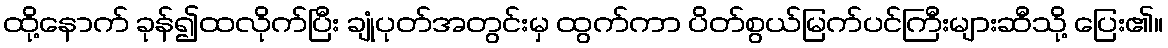
ထို့နောက် ခုန်၍ထလိုက်ပြီး ချုံပုတ်အတွင်းမှ ထွက်ကာ ပိတ်စွယ်မြက်ပင်ကြီးများဆီသို့ ပြေး၏။